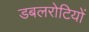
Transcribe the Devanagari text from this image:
डबलरोटियों